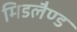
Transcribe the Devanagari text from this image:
मिडलैण्ड